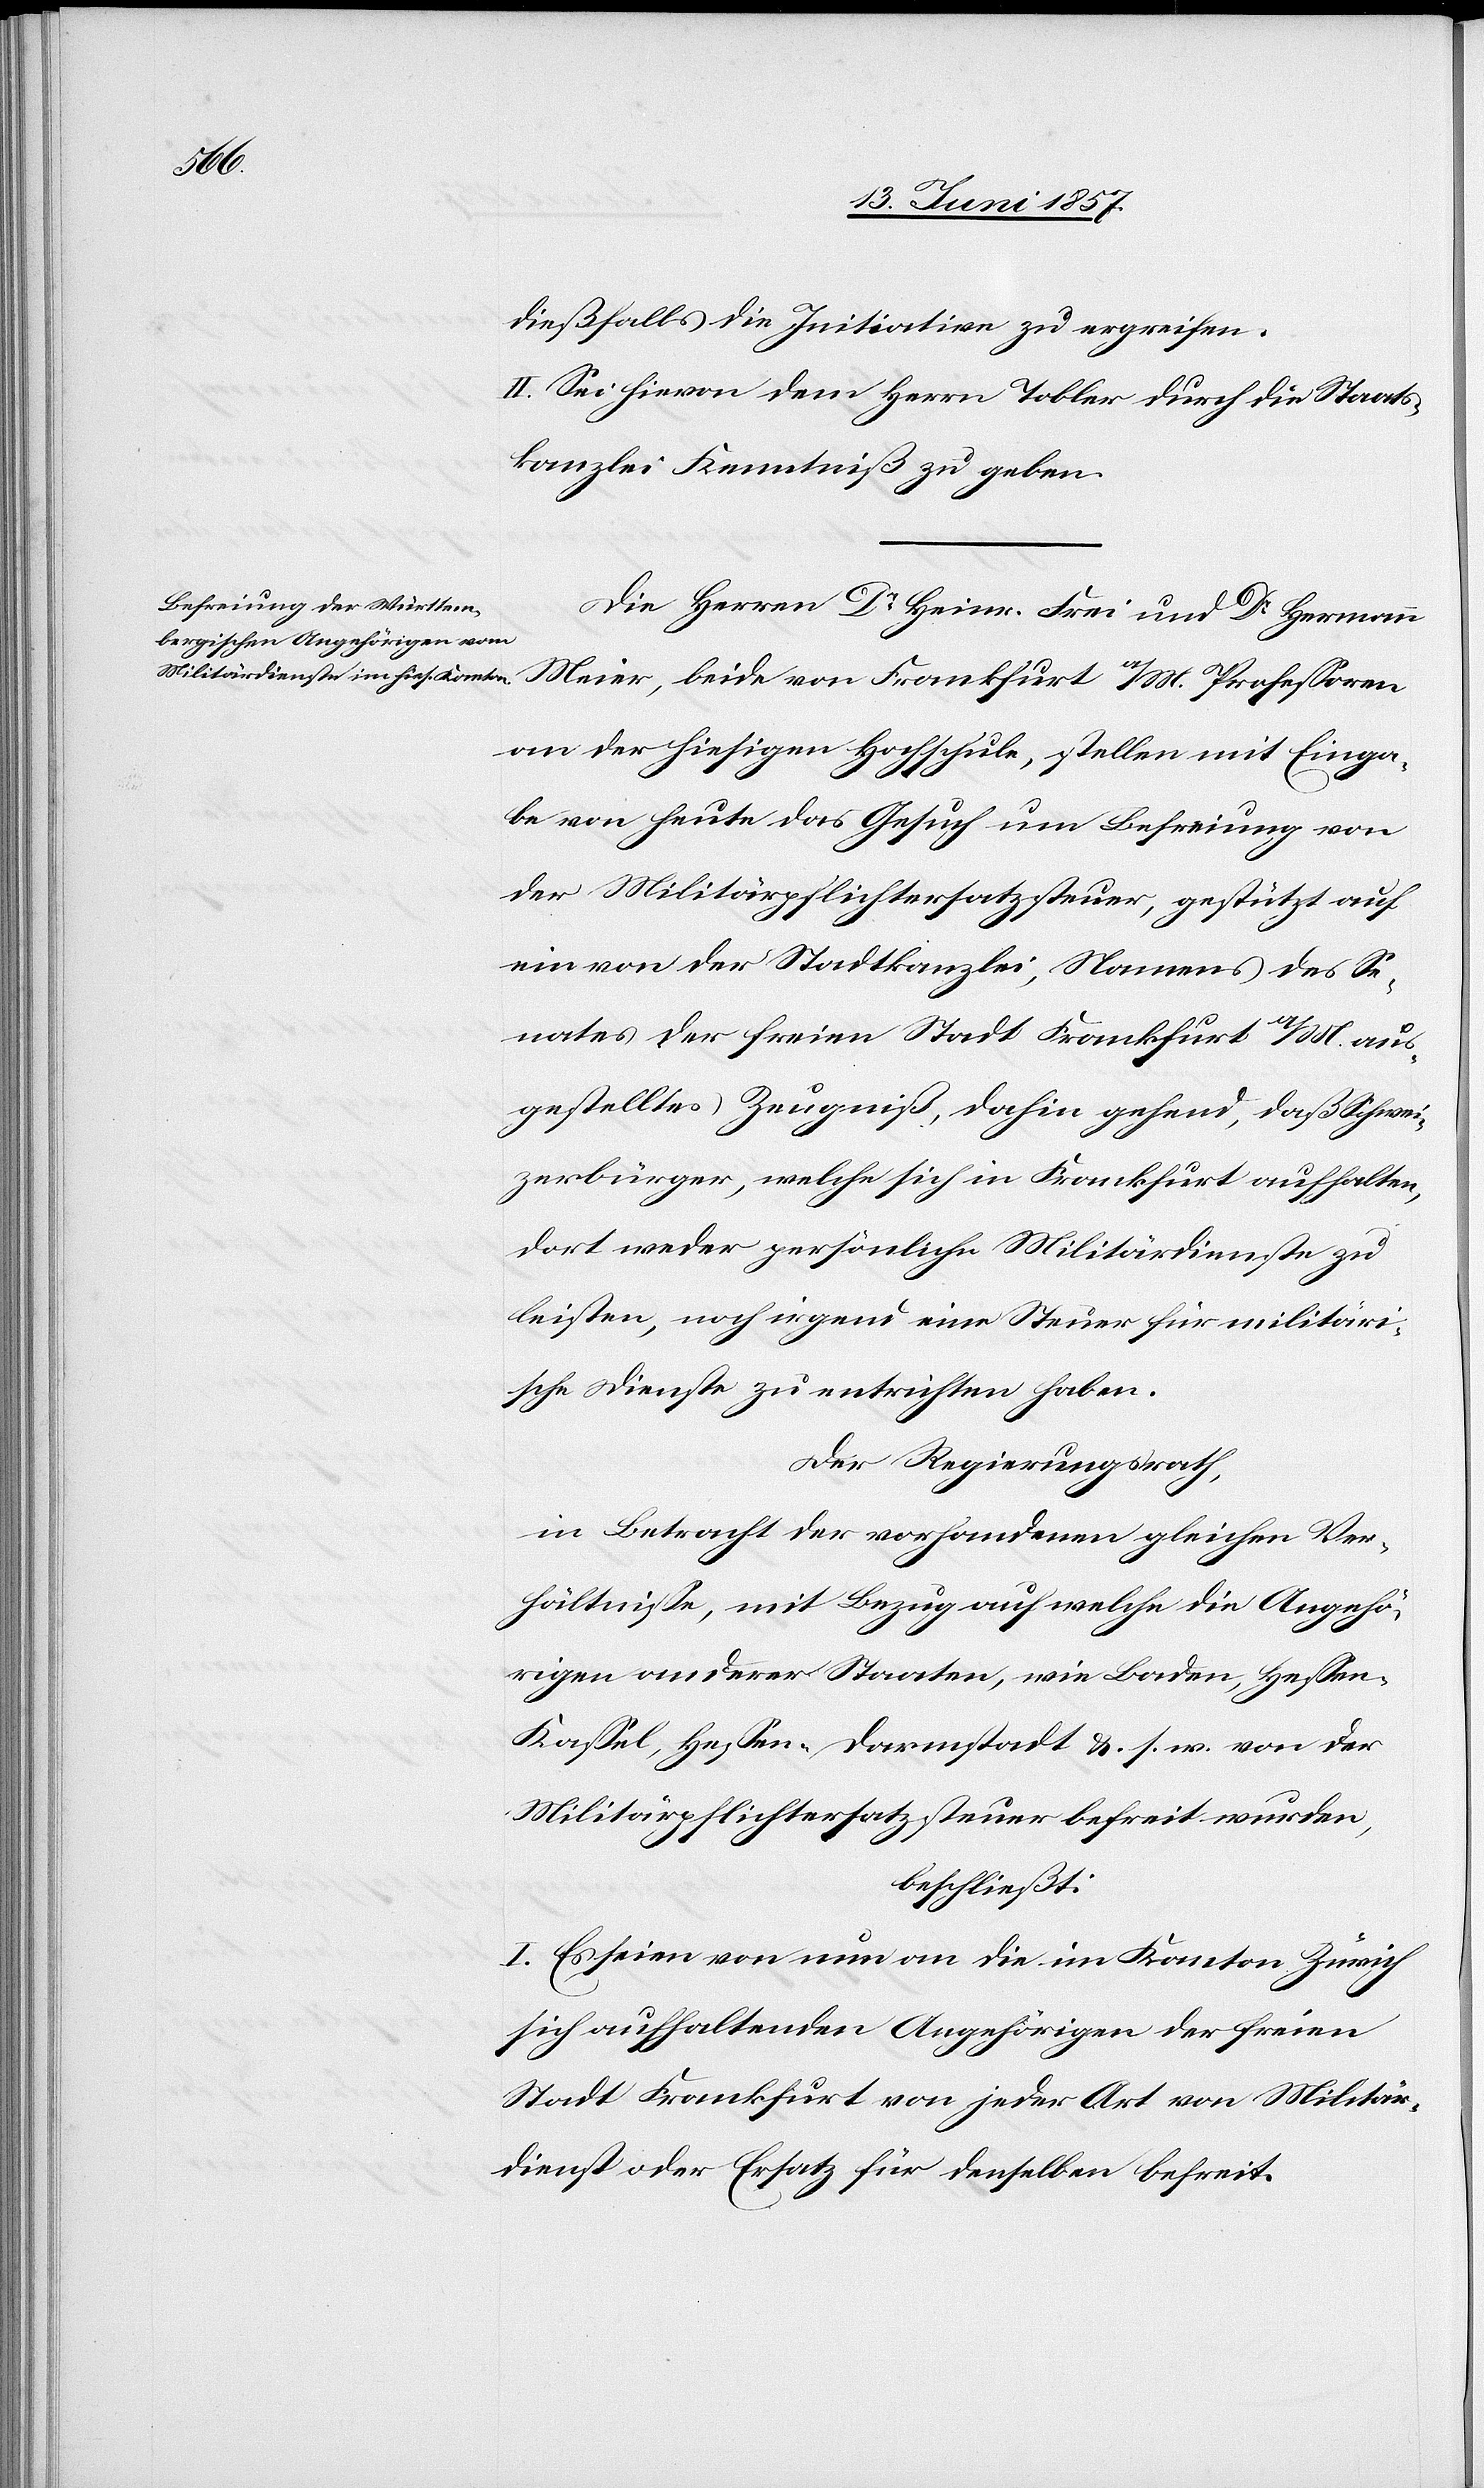
Angehö¬

dießfalls die Initiative zu ergreifen.
II. Sei hievon dem Herrn Tobler durch die Staats¬
kanzlei Kenntniß zu geben.
Die Herrn Dr Heinr. Frei und Dr Hermann
Meier, beide von Frankfurt a/M. Professoren
an der hiesigen Hochschule, stellen mit Einga¬
be von heute das Gesuch um Befreiung von
der Militärpflichtersatzsteuer, gestützt auf
ein von der Stadtkanzlei, Namens des Se¬
nates der freien Stadt Frankfurt a/M. aus¬
gestelltes Zeugniß, dahin gehend, daß Schwei¬
zerbürger, welche sich in Frankfurt aufhalten,
dort weder persönliche Militärdienste zu
leisten, noch irgend eine Steuer für militäri¬
sche Dienste zu entrichten haben.
Der Regierungsrath,
in Betracht der vorhandenen Verhältnisse, mit
rigen anderer Staaten, wie Baden, Hessen-K¬
assel, Hessen-Darmstadt &. s. w. von der
Militärpflichtersatzsteuer befreit wurden,
beschließt:
I. Es seien von nun an die im Kanton Zürich
sich aufhaltenden Angehörigen der freien
Stadt Frankfurt von jeder Art von Militär¬
dienst oder Ersatz für denselben befreit.